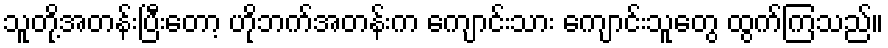
သူတို့အတန်းပြီးတော့ ဟိုဘက်အတန်းက ကျောင်းသား ကျောင်းသူတွေ ထွက်ကြသည်။